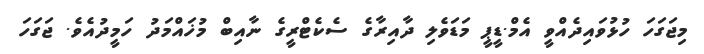
މިޖަގަހަ ހުޅުވައިދެއްވީ އެމް.ޑީޕީ މަޑަވެލި ދާއިރާގެ ސެކެޓްރީގެ ނާއިބް މުޚައްމަދު ހަމީދުއެވެ. ޖަގަހަ